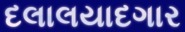
દલાલયાદગાર